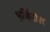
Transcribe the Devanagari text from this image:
भुजिंमोल